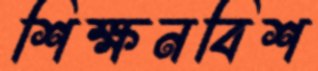
শিক্ষনবিশ